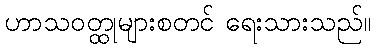
ဟာသဝတ္ထုများစတင် ရေးသားသည်။